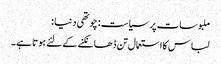
ملبوسات پر سیاست : چوتھی دنیا :
لباس کا استعمال تن ڈھانکنے کے لئے ہوتا ہے۔